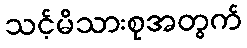
သင့်မိသားစုအတွက်